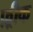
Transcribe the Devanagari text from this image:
फ़्रीक